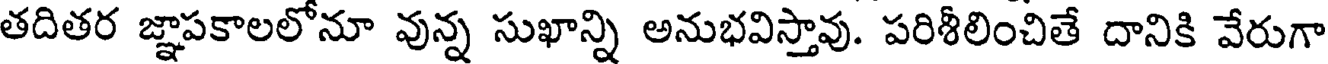
తదితర జ్ఞాపకాలలోనూ వున్న సుఖాన్ని అనుభవిస్తావు. పరిశీలించితే దానికి వేరుగా